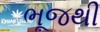
ભૂજથી